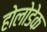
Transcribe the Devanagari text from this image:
होलोडेक